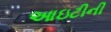
આઇટીની